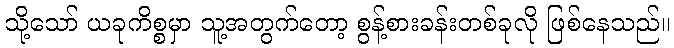
သို့သော် ယခုကိစ္စမှာ သူ့အတွက်တော့ စွန့်စားခန်းတစ်ခုလို ဖြစ်နေသည်။